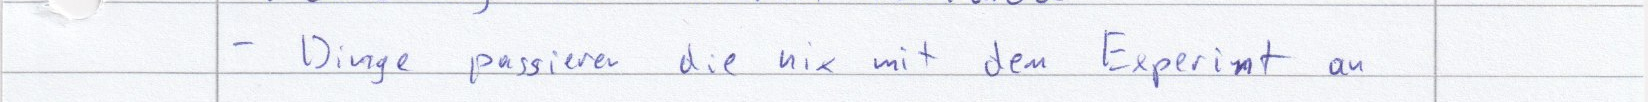
- Dinge passieren die nix mit dem Experiment an